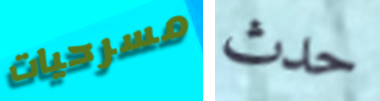
مسرحيات حدث